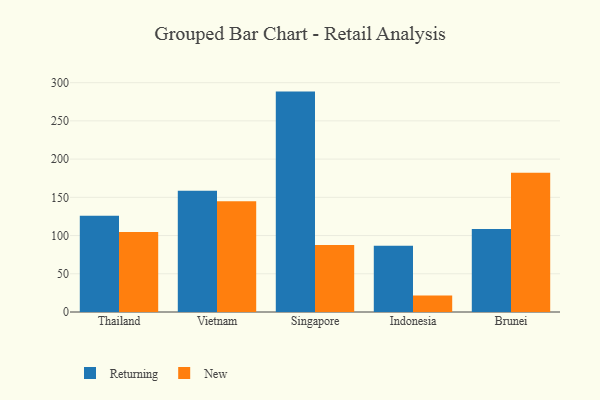
{"axis": {"x": "Country", "y": "Shipments"}, "legend": ["New", "Returning"], "data": [{"x": "Thailand", "y": 125.8, "type": "Returning"}, {"x": "Thailand", "y": 104.5, "type": "New"}, {"x": "Vietnam", "y": 158.5, "type": "Returning"}, {"x": "Vietnam", "y": 144.9, "type": "New"}, {"x": "Singapore", "y": 288.3, "type": "Returning"}, {"x": "Singapore", "y": 87.6, "type": "New"}, {"x": "Indonesia", "y": 86.7, "type": "Returning"}, {"x": "Indonesia", "y": 21.5, "type": "New"}, {"x": "Brunei", "y": 108.6, "type": "Returning"}, {"x": "Brunei", "y": 182.3, "type": "New"}]}